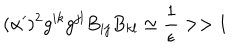
( \alpha ^ { \prime } ) ^ { 2 } g ^ { i k } g ^ { j l } B _ { i j } B _ { k l } \simeq { \frac { 1 } { \epsilon } } > > 1